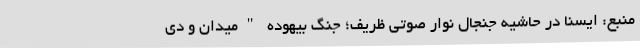
منبع: ایسنا در حاشیه جنجال نوار صوتی ظریف؛ جنگ بیهوده "میدان و دی